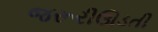
જરૂરીઊડતી